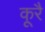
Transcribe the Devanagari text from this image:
कूरै